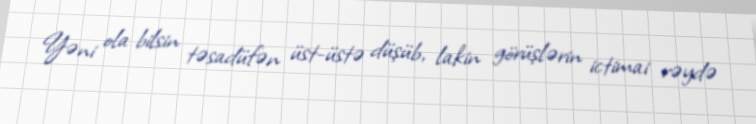
Yəni ola bilsin təsadüfən üst-üstə düşüb, lakin görüşlərin ictimai rəydə